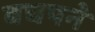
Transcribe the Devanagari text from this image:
बचपने